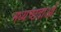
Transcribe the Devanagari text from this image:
मध्यच्छदाओं